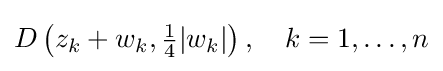
D\left(z_{k}+w_{k},{\tfrac {1}{4}}|w_{k}|\right),\quad k=1,\dots ,n